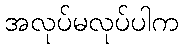
အလုပ်မလုပ်ပါက